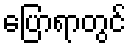
ပြောရာတွင်